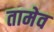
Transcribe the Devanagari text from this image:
तामेव